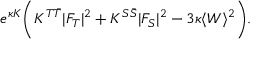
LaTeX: e ^ { \kappa K } \biggl ( K ^ { T \bar { T } } | F _ { T } | ^ { 2 } + K ^ { S \bar { S } } | F _ { S } | ^ { 2 } - 3 \kappa \langle W \rangle ^ { 2 } \biggr ) .